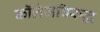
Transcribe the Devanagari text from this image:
कॉलेजविरुद्ध